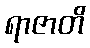
ရာဇာတိ